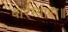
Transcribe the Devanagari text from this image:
बारम्बारा॥